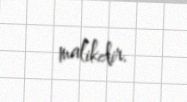
malikdir.